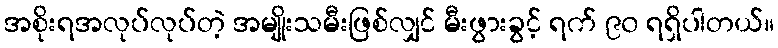
အစိုးရအလုပ်လုပ်တဲ့ အမျိုးသမီးဖြစ်လျှင် မီးဖွားခွင့် ရက် ၉၀ ရရှိပါတယ်။